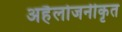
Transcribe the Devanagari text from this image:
अहैलोजनीकृत